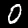
Label: 0